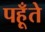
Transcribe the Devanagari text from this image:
पहूँते